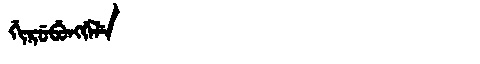
Manchu: ᡤᡳᡵᡠᠪᡠᠩᡤᡝᠯᡝ
Romanization: GIRUBUNGGELE